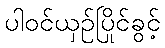
ပါဝင်ယှဉ်ပြိုင်ခွင့်